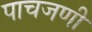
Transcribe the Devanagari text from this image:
पाचजणी